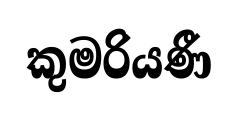
කුමරියණී